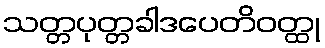
သတ္တပုတ္တခါဒပေတိဝတ္ထု